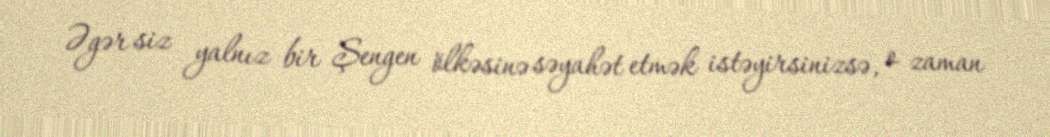
Əgər siz yalnız bir Şengen ölkəsinə səyahət etmək istəyirsinizsə, o zaman